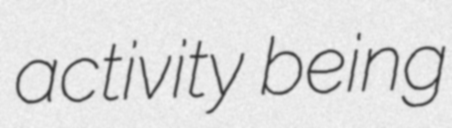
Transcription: activity being